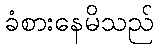
ခံစားနေမိသည်